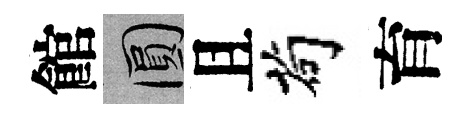
館圓且茍育